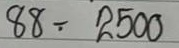
88 = 2500